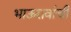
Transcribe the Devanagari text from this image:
भाऊरावांची